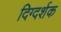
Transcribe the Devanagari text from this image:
दिग्‍दर्शक